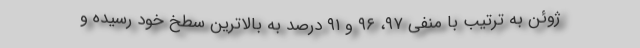
ژوئن به ترتیب با منفی ۹۷، ۹۶ و ۹۱ درصد به بالاترین سطخ خود رسیده و